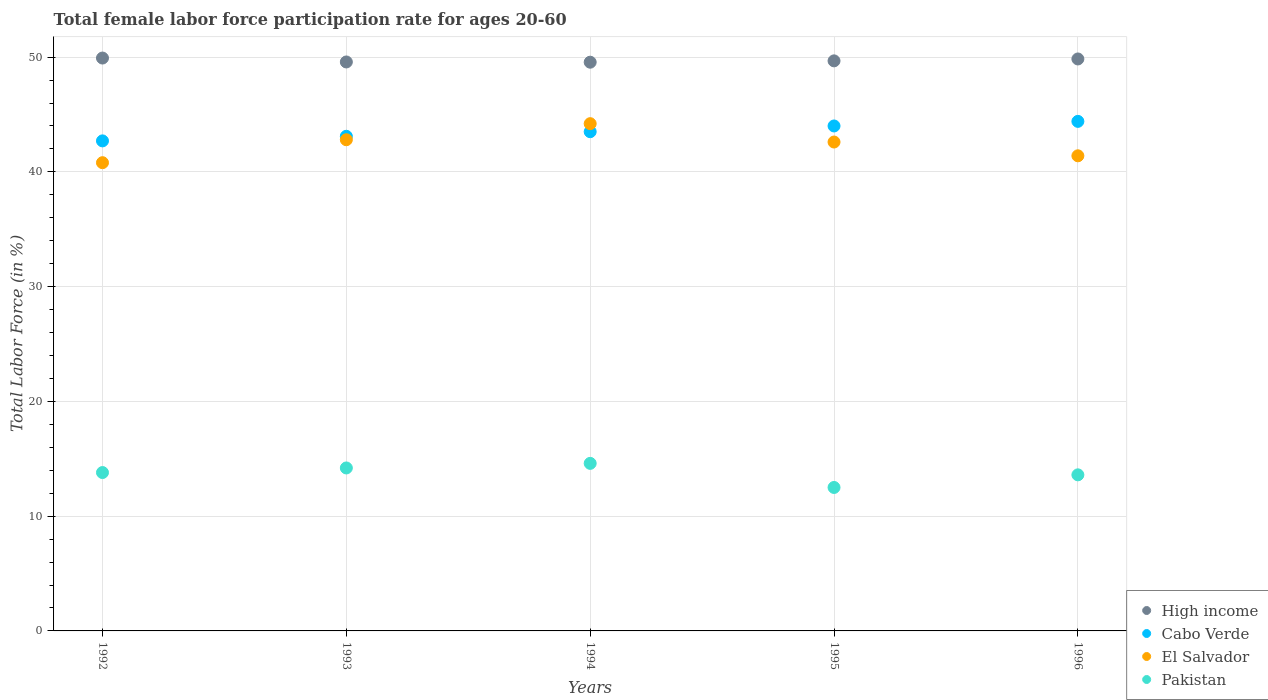
| Years | High income | Cabo Verde | El Salvador | Pakistan |
 | --- | --- | --- | --- | --- |
 | 1992 | 49.9 | 42.7 | 40.8 | 13.8 |
 | 1993 | 49.6 | 43.1 | 42.8 | 14.2 |
 | 1994 | 49.6 | 43.5 | 44.2 | 14.6 |
 | 1995 | 49.7 | 44 | 42.6 | 12.5 |
 | 1996 | 49.8 | 44.4 | 41.4 | 13.6 |